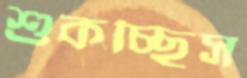
শুকচ্ছিস